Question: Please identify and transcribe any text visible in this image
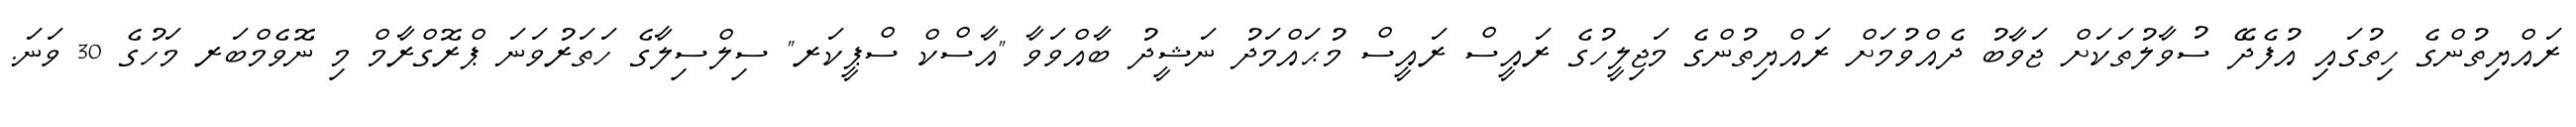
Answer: ރައްޔިތުންގެ ހިތުގައި އުފެދޭ ސުވާލުތަކަށް ޖަވާބު ދެއްވުމަށް ރައްޔިތުންގެ މަޖިލީހުގެ ރައީސް ރައީސް މުޙައްމަދު ނަޝީދު ބާއްވަވާ "އާސްކް ސްޕީކަރ" ސިލްސިލާގެ ހަތަރުވަނަ ޕްރޮގްރާމް މި ނޮވެމްބަރ މަހުގެ 30 ވަނަ.